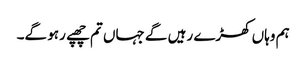
ہم وہاں کھڑے رہیں گے جہاں تم چھپے رہو گے۔